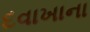
દવાખાના